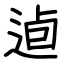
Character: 逌